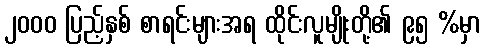
၂၀၀၀ ပြည့်နှစ် စာရင်းများအရ ထိုင်းလူမျိုးတို့၏ ၉၅ %မှာ